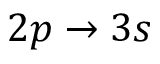
2 p \rightarrow 3 s